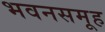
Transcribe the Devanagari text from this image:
भवनसमूह